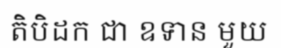
តិបិដក ជា ឧទាន មួយ